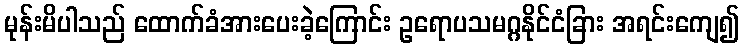
မုန်းမိပါသည် ထောက်ခံအားပေးခဲ့ကြောင်း ဥရောပသမဂ္ဂနိုင်ငံခြား အရင်းကျေ၍